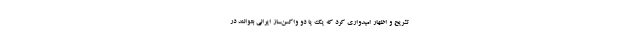
تشریح و اظهار امیدواری کرد که یک یا دو واکسن‌ساز ایرانی بتوانند در